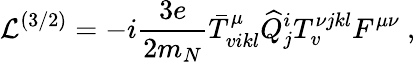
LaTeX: {\cal L}^{(3/2)}=-i{\frac{3e}{2m_{N}}}\bar{T}_{vikl}^{\mu}{\widehat Q}_{j}^{i}T_{v}^{\nu jkl}F^{\mu\nu}\ ,